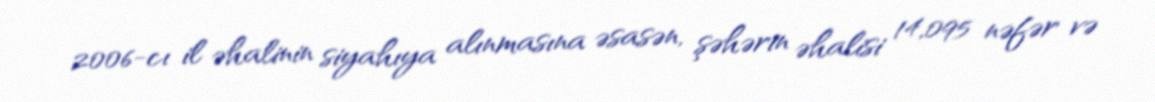
2006-cı il əhalinin siyahıya alınmasına əsasən, şəhərin əhalisi 14,095 nəfər və